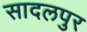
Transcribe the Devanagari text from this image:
सादलपुर